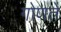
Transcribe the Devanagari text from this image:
गोणते